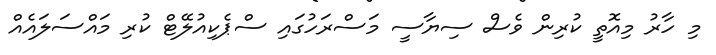
މި ހާރު މިއޮތީ ކުރިން ވެސް ސިޔާސީ މަސްރަހުގައި ސްޕެކިއުލޭޓް ކުރި މައްސަލައެއް